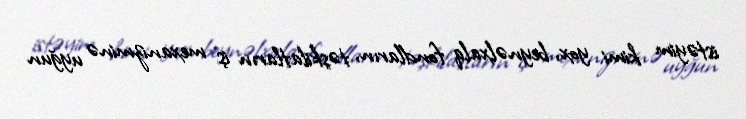
istəyim kimi yox, beynəlxalq fondların, təşkilatların iş mexanizminə uyğun